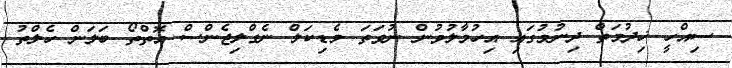
ސިއްހީ ޚިދުމަތް ދިނުމުގައި އިހުމާލުވުން ނުވަތަ މެޑިކަލް ނެގްލިޖެންސް އޮތްތޯ ބަލަން ހެލްތު